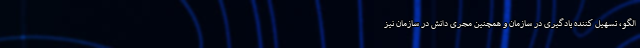
الگو، تسهیل کننده یادگیری در سازمان و همچنین مجری دانش در سازمان نیز